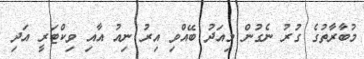
މުބާރާތުގެ ގުރު ނެގުން މިއަދު ބޭއްވި އިރު ނިއު އާއި ވިކްޓަރީ އަދި